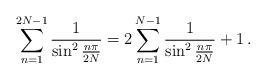
LaTeX: \begin{align*}\sum^{2N-1}_{n=1}\frac{1}{\sin^2\frac{n\pi}{2N}}=2\sum^{N-1}_{n=1}\frac{1}{\sin^2\frac{n\pi}{2N}}+1\,.\end{align*}